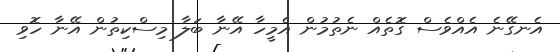
އެނގޭނެ އެއްވެސް ގޮތެއް ނެތުމުން އެމީހާ އޭނާ ބަލާ މިސްކިތުން އޭނާ ހޮވި